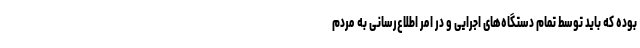
بوده که باید توسط تمام دستگاه‌های اجرایی و در امر اطلاع‌رسانی به مردم